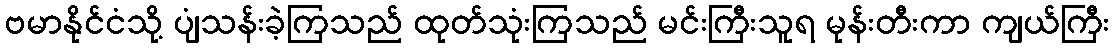
ဗမာနိုင်ငံသို့ ပျံသန်းခဲ့ကြသည် ထုတ်သုံးကြသည် မင်းကြီးသူရ မုန်းတီးကာ ကျယ်ကြီး